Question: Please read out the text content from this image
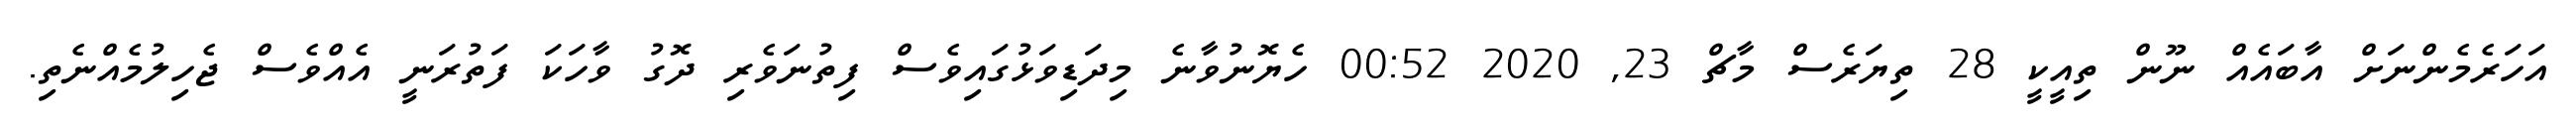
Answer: އަހަރެމެންނަށް އާބައެއް ނޫން ތިއީކީ 28 ތިޔަރެސް މާޗް 23, 2020 00:52 ހެޔޮނުވާނެ މިދަޑިވަޅުގައިވެސް ފިތުނަވެރި ދޮގު ވާހަކަ ފަތުރަނީ އެއްވެސް ޖެހިލުމެއްނެތި.